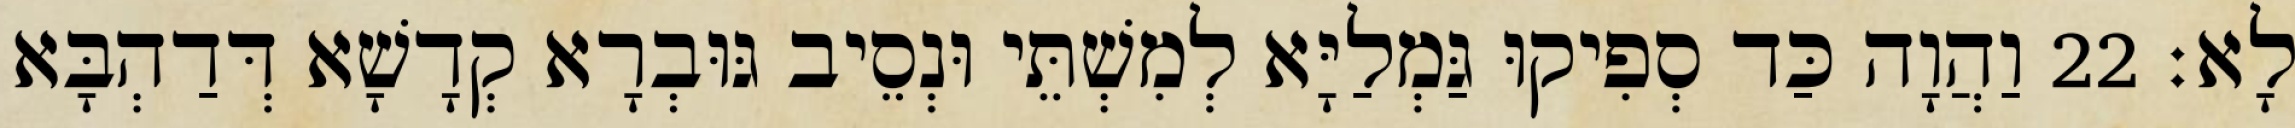
לָא׃ 22 וַהֲוָה כַּד סְפִיקוּ גַּמְלַיָּא לְמִשְׁתֵּי וּנְסֵיב גּוּבְרָא קְדָשָׁא דְּדַהְבָּא